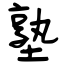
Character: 塾